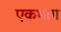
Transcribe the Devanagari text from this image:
एकभाग